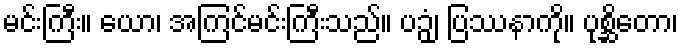
မင်းကြီး။ ယော၊ အကြင်မင်းကြီးသည်။ ပဉှံ၊ ပြဿနာကို။ ပုစ္ဆိတော၊